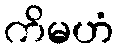
ကိမဟံ